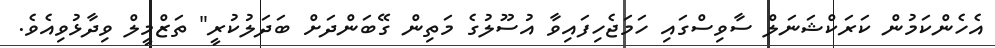
އެހެންކަމުން ކަރަކްޝަނަލް ސާވިސްގައި ހަމަޖެހިފައިވާ އުސޫލުގެ މަތިން ގޭބަންދަށް ބަދަލުކުރީ" ތަޒްމީލް ވިދާޅުވިއެވެ.